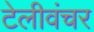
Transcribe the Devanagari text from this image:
टेलीवंचर